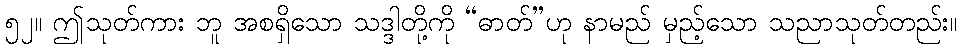
၅၂။ ဤသုတ်ကား ဘူ အစရှိသော သဒ္ဒါတို့ကို “ဓာတ်”ဟု နာမည် မှည့်သော သညာသုတ်တည်း။